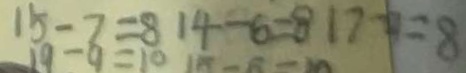
1 5 - 7 = 8 1 4 - 6 = 8 1 7 - 9 = 8 1 9 - 9 = 1 0 1 5 - 5 = 1 0